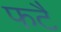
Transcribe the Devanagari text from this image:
फटै